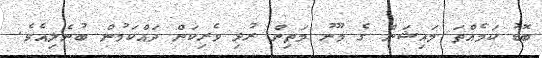
ބޮޑު ކަމެއްތަ މައިޝަން ގެ މޫނު މަތިން ރުޅި ވެރިކަން ދައްކަމުން ބުނެލިއެވެ.